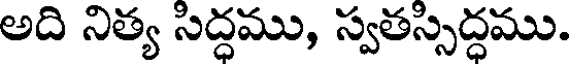
అది నిత్య సిద్ధము, స్వతస్సిద్ధము.